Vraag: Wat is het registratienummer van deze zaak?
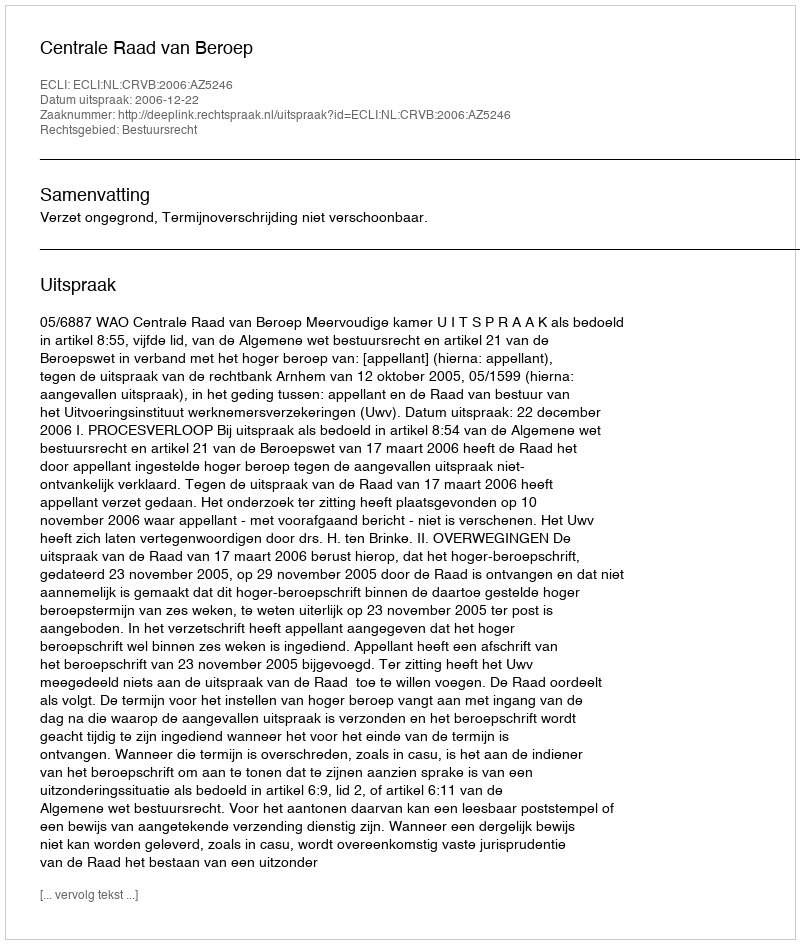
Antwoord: http://deeplink.rechtspraak.nl/uitspraak?id=ECLI:NL:CRVB:2006:AZ5246